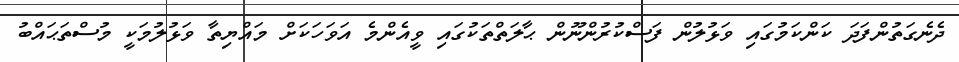
ދެނެގަތުންފަދަ ކަންކަމުގައި ވަޅުލުން ފަސްކުރުންނޫން ޙާލަތްތަކުގައި ވީއެންމެ އަވަހަކަށް މައްޔިތާ ވަޅުލުމަކީ މުސްތަޙައްބު